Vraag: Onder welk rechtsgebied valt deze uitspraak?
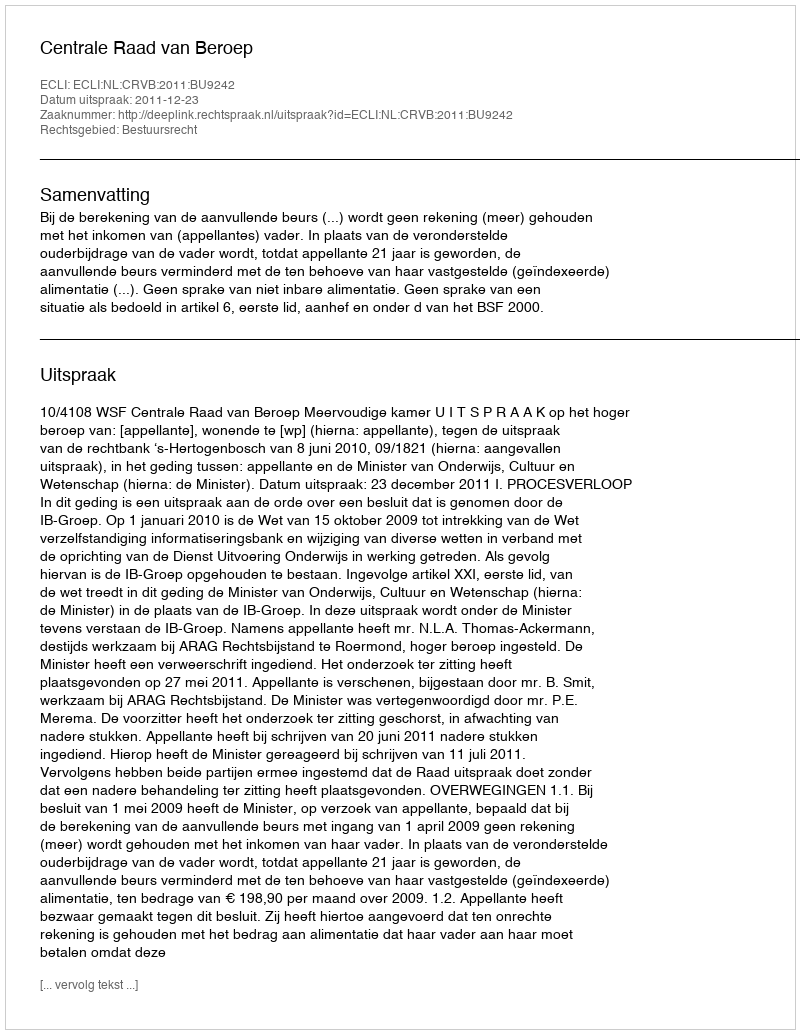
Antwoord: Bestuursrecht